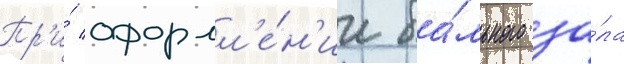
Пр'и́ оформл'е́н'ии ба́льного за́ла